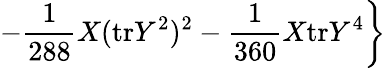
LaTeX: \left.-\frac{1}{288}X(\mathrm{tr}Y^{2})^{2}-\frac{1}{360}X\mathrm{tr}Y^{4}\right\}